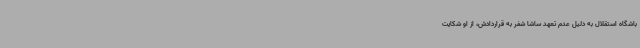
باشگاه استقلال به دلیل عدم تعهد ساشا شفر به قراردادش، از او شکایت